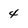
Character: 4